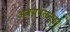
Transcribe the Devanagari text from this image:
अवयवसमूह।